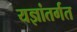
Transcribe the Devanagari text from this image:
यज्ञांतर्गत